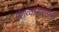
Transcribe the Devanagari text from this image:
पेशव्यांसारखेच